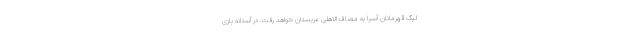
لیگ قهرمانان آسیا به مصاف الاهلی عربستان خواهد رفت. در آستانه بازی